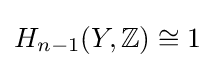
H_{n-1}(Y,\mathbb {Z} )\cong 1